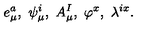
e _ { \mu } ^ { a } , \ \psi _ { \mu } ^ { i } , \ A _ { \mu } ^ { I } , \ \varphi ^ { x } , \ \lambda ^ { i x } .